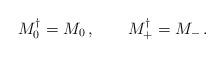
LaTeX: \begin{align*} M_0^\dagger = M_0\,, \qquad M_+^\dagger = M_-\,.\end{align*}